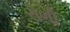
રોળી